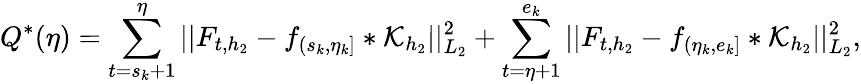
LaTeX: Q^{*}(\eta)=\sum_{t=s_{k}+1}^{\eta}\vert\vert F_{t,h_{2}}-f_{(s_{k},\eta_{k}]}\ast\mathcal{K}_{h_{2}}\vert\vert_{L_{2}}^{2}+\sum_{t=\eta+1}^{e_{k}}\vert\vert F_{t,h_{2}}-f_{(\eta_{k},e_{k}]}\ast\mathcal{K}_{h_{2}}\vert\vert_{L_{2}}^{2},